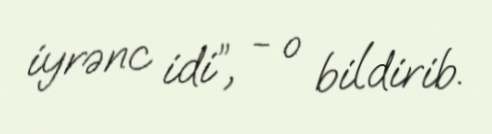
iyrənc idi”, - o bildirib.